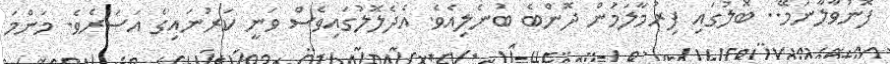
ފޮނުވާލާނަމޭ.. ބޮލުގައި ފިރުމާލަމުން ދޮންބެ ބުނެލިއެވެ. އެދެލޮލުގައިވެސް ވަނީ ކަރުނައިގެ އަސަރެވެ. މަންމަ